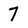
Character: 7